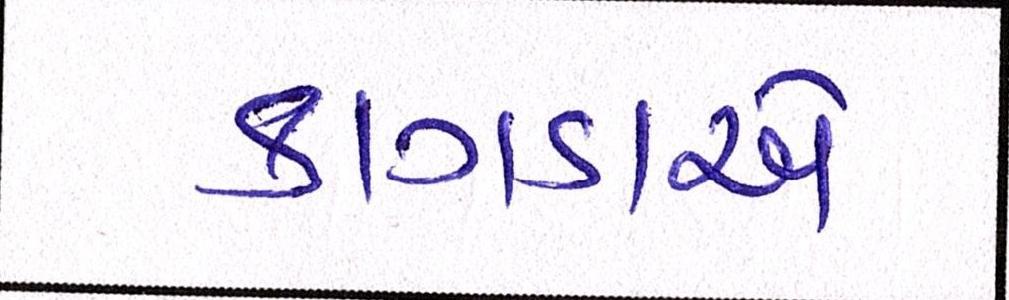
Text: કાગડાએ